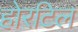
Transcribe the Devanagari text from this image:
होरटिल